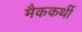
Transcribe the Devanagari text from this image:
मैककर्थी